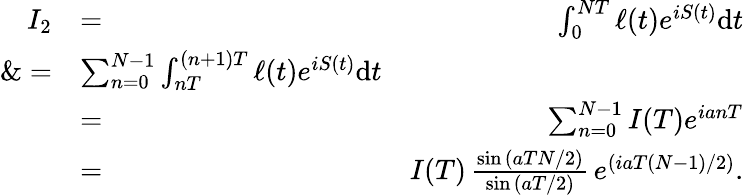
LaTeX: \begin{array}{rlr}{I_{2}}&{=}&{\int_{0}^{NT}\ell(t)e^{iS(t)}\mathrm{d}t}\\ {\& =}&{\sum_{n=0}^{N-1}\int_{nT}^{(n+1)T}\ell(t)e^{iS(t)}\mathrm{d}t}\\ &{=}&{\sum_{n=0}^{N-1}I(T)e^{ianT}}\\ &{=}&{I(T)\, \frac{\sin{(aTN/2)}}{\sin{(aT/2)}}\, e^{(iaT(N-1)/2)}.}\end{array}